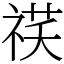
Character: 䄏